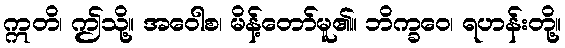
ဣတိ၊ ဤသို့။ အဝေါစ၊ မိန့်တော်မူ၏။ ဘိက္ခဝေ၊ ရဟန်းတို့။